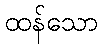
ထန်သော